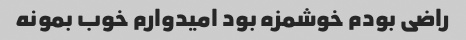
راضی بودم خوشمزه بود امیدوارم خوب بمونه